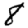
Digit: 8